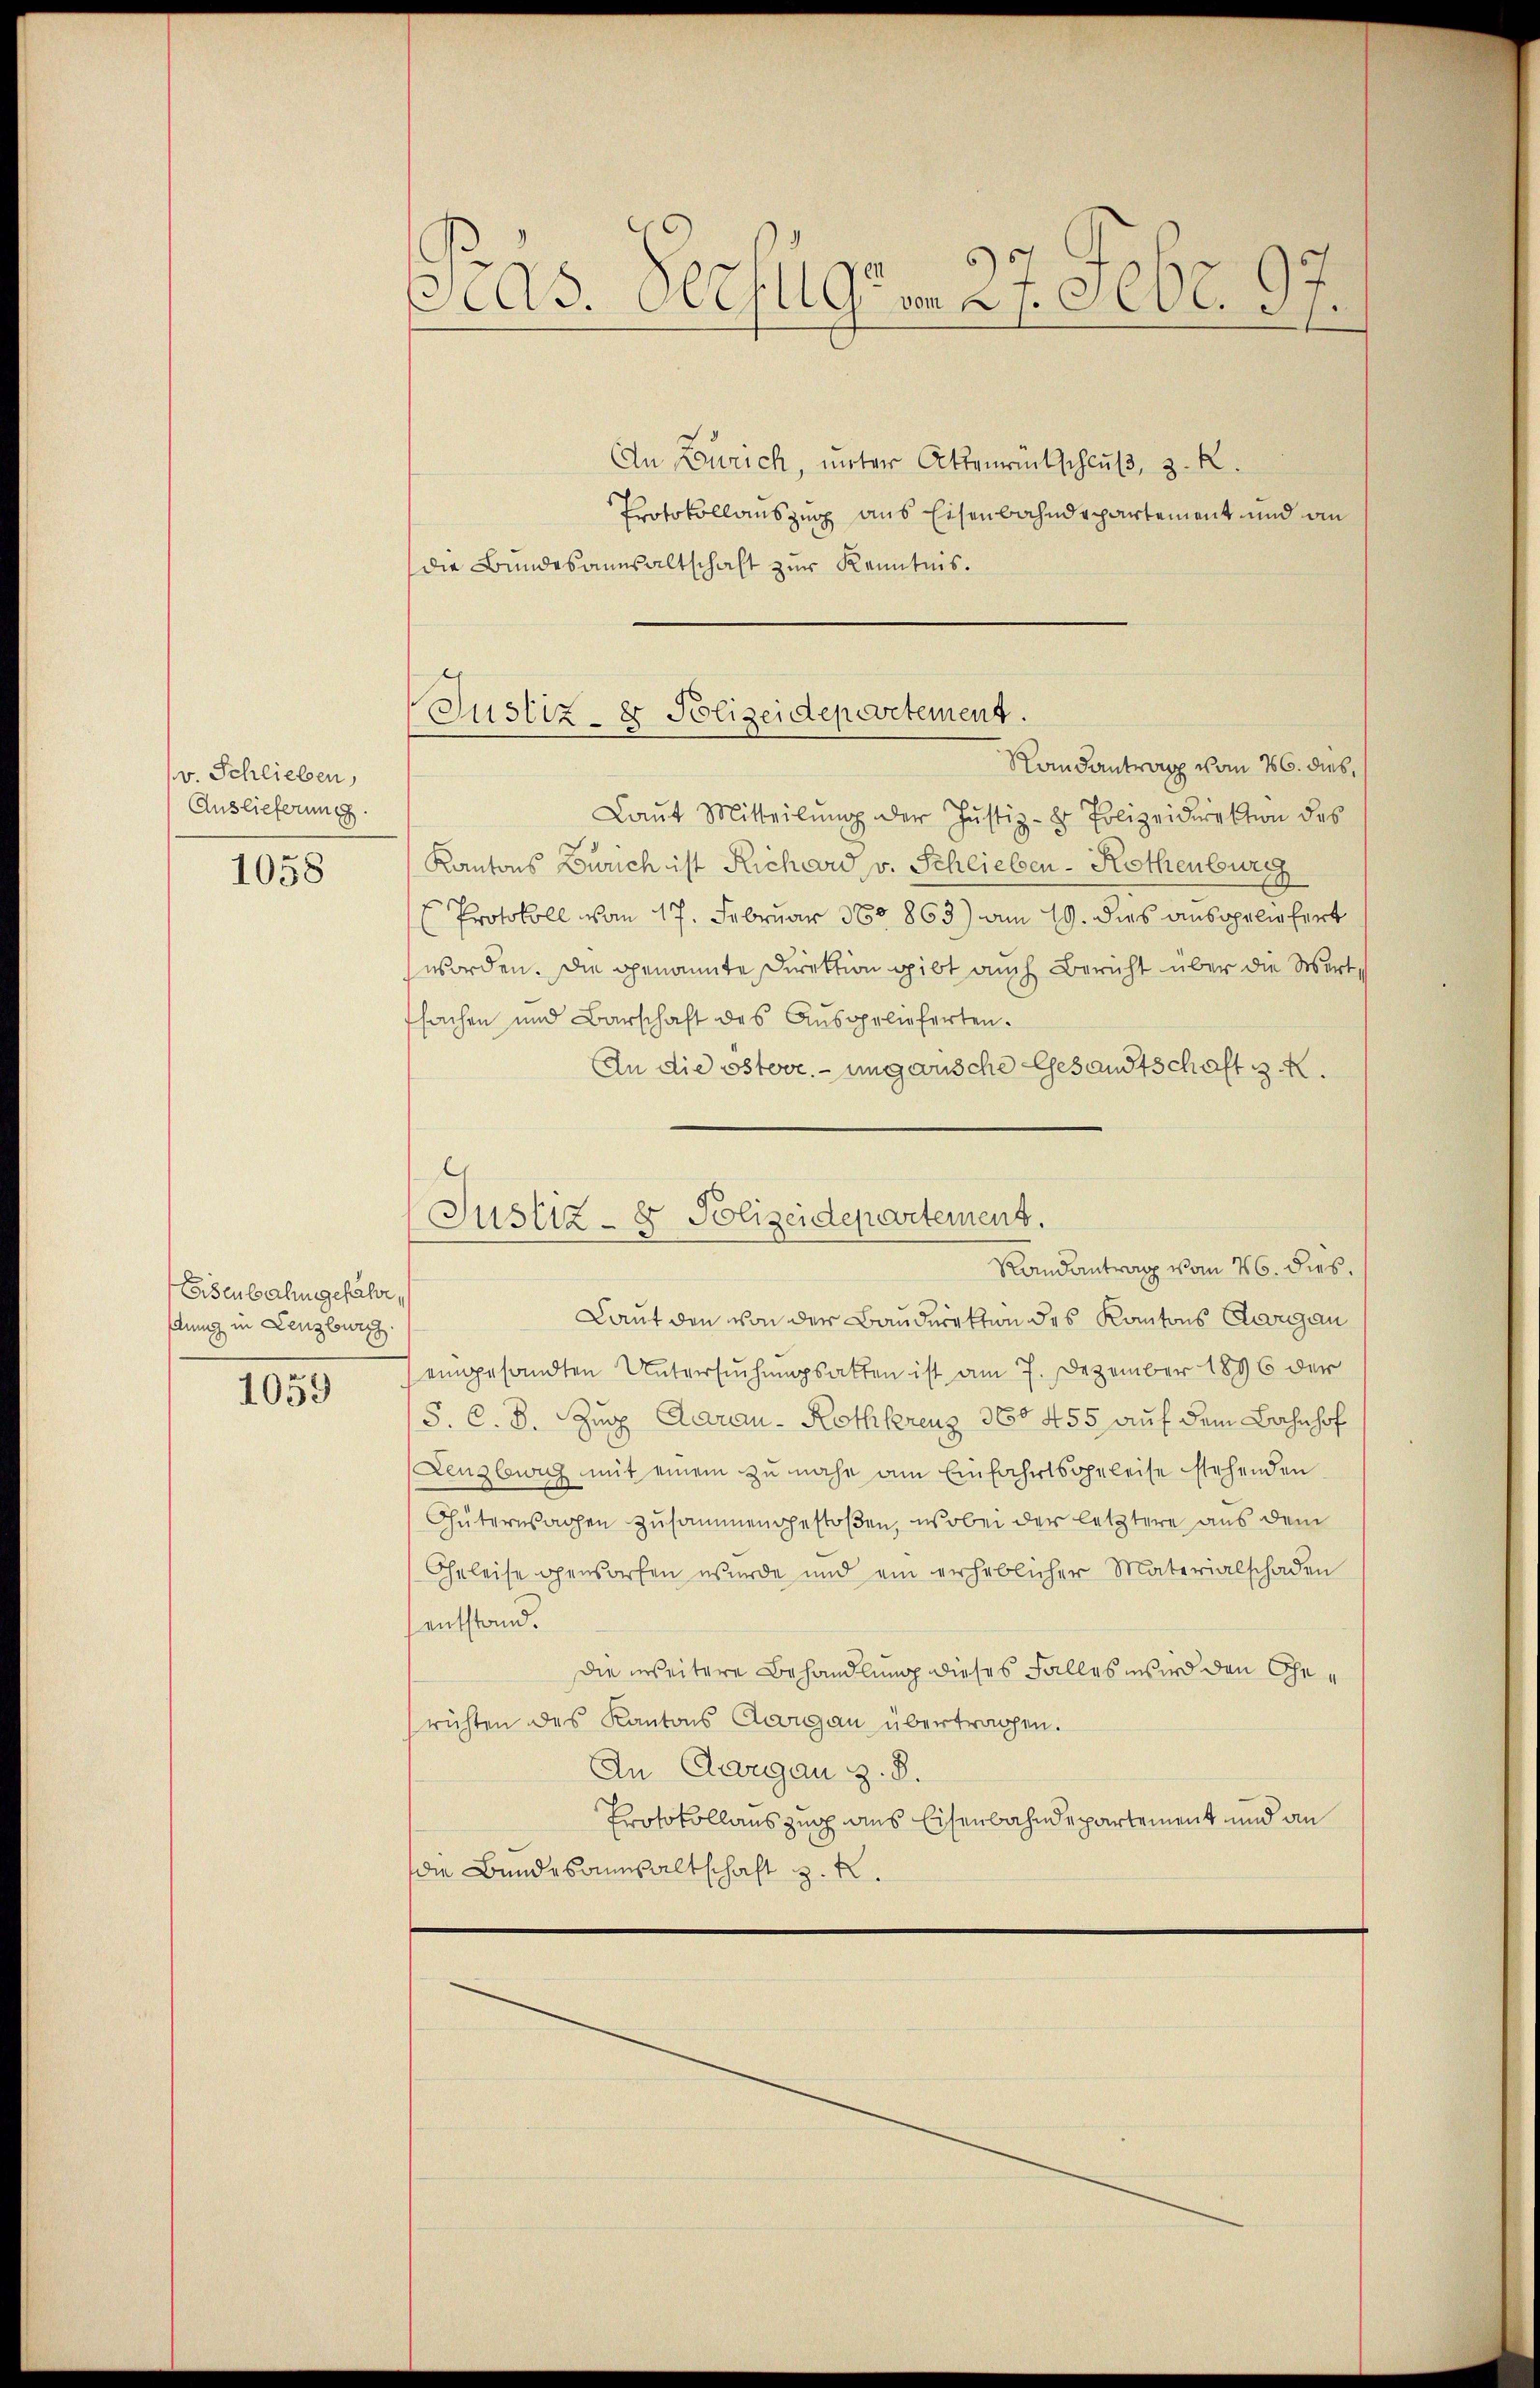
v. Schlieben,
Auslieferung.
1058

Eisenbahngefähr,
dung in Lenzburg.
4059

Pras. Verfügen 27. Febr. 97.

Justiz- & Polizeidepertement.

An Zürich, unter Aktenrückschluß, z. R.
Protokollauszug aus Eisenbahndepartement und an
die Bundesanwaltschaft zur Kenntnis.
Randantrag vom 26. dieß,
Laut Mitteilŭng der Justiz- & Polizeidirektion des
Kantons Zürich ist Richard v. Schlieben-Rothenburg
EProtokoll von 17. Februar 180863) am 19. dies ausgeliefert
worden. Die genannte Direktion gibt auch Bericht über die Wert
fsachen und Barschaft des Ausgelieferten.
An die österr.-ungarische Gesandtschaft z.
Justiz- & Polizeidepartement.
Randantrag vom 26. dies
Laut den von der Baudirektion des Kantons Aargau
eingesandten Untersuchungsatten ist am 7. Dezember 1896 der
S. C. S. Zug Aarau - Rothkreuz 360 455 auf dem Bahnhof
Lenzburg mit einem zu nahe am Einfahrtsgeleise stehenden
Güterwachen zusammengestoßen, wobei der letztere aus dem
Geleise geworfen wurde und ein erheblicher Materialschaden
entstand.
Die weitere Behandlung dieses Falles wird den Gerichten des Kantons Aargau übertragen.
An Aargau z. B.
Protokollauszug aus Eisenbahndepartement und an
die Bundesanwaltschaft z. R.